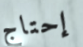
إحتاج